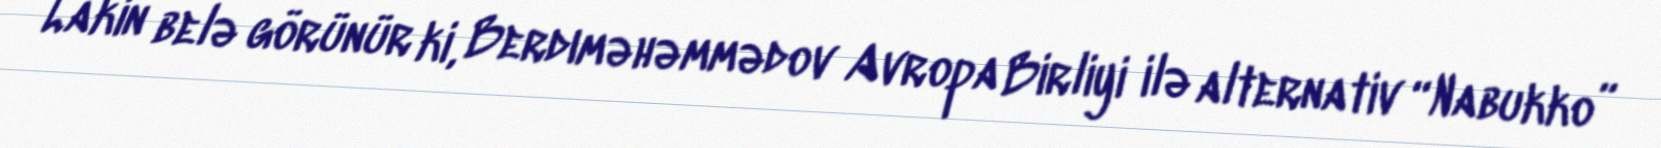
Lakin belə görünür ki, Berdıməhəmmədov Avropa Birliyi ilə alternativ “Nabukko”